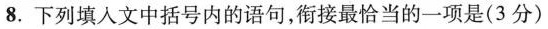
8. 下列填入文中括号内的语句，衔接最恰当的一项是(3分)